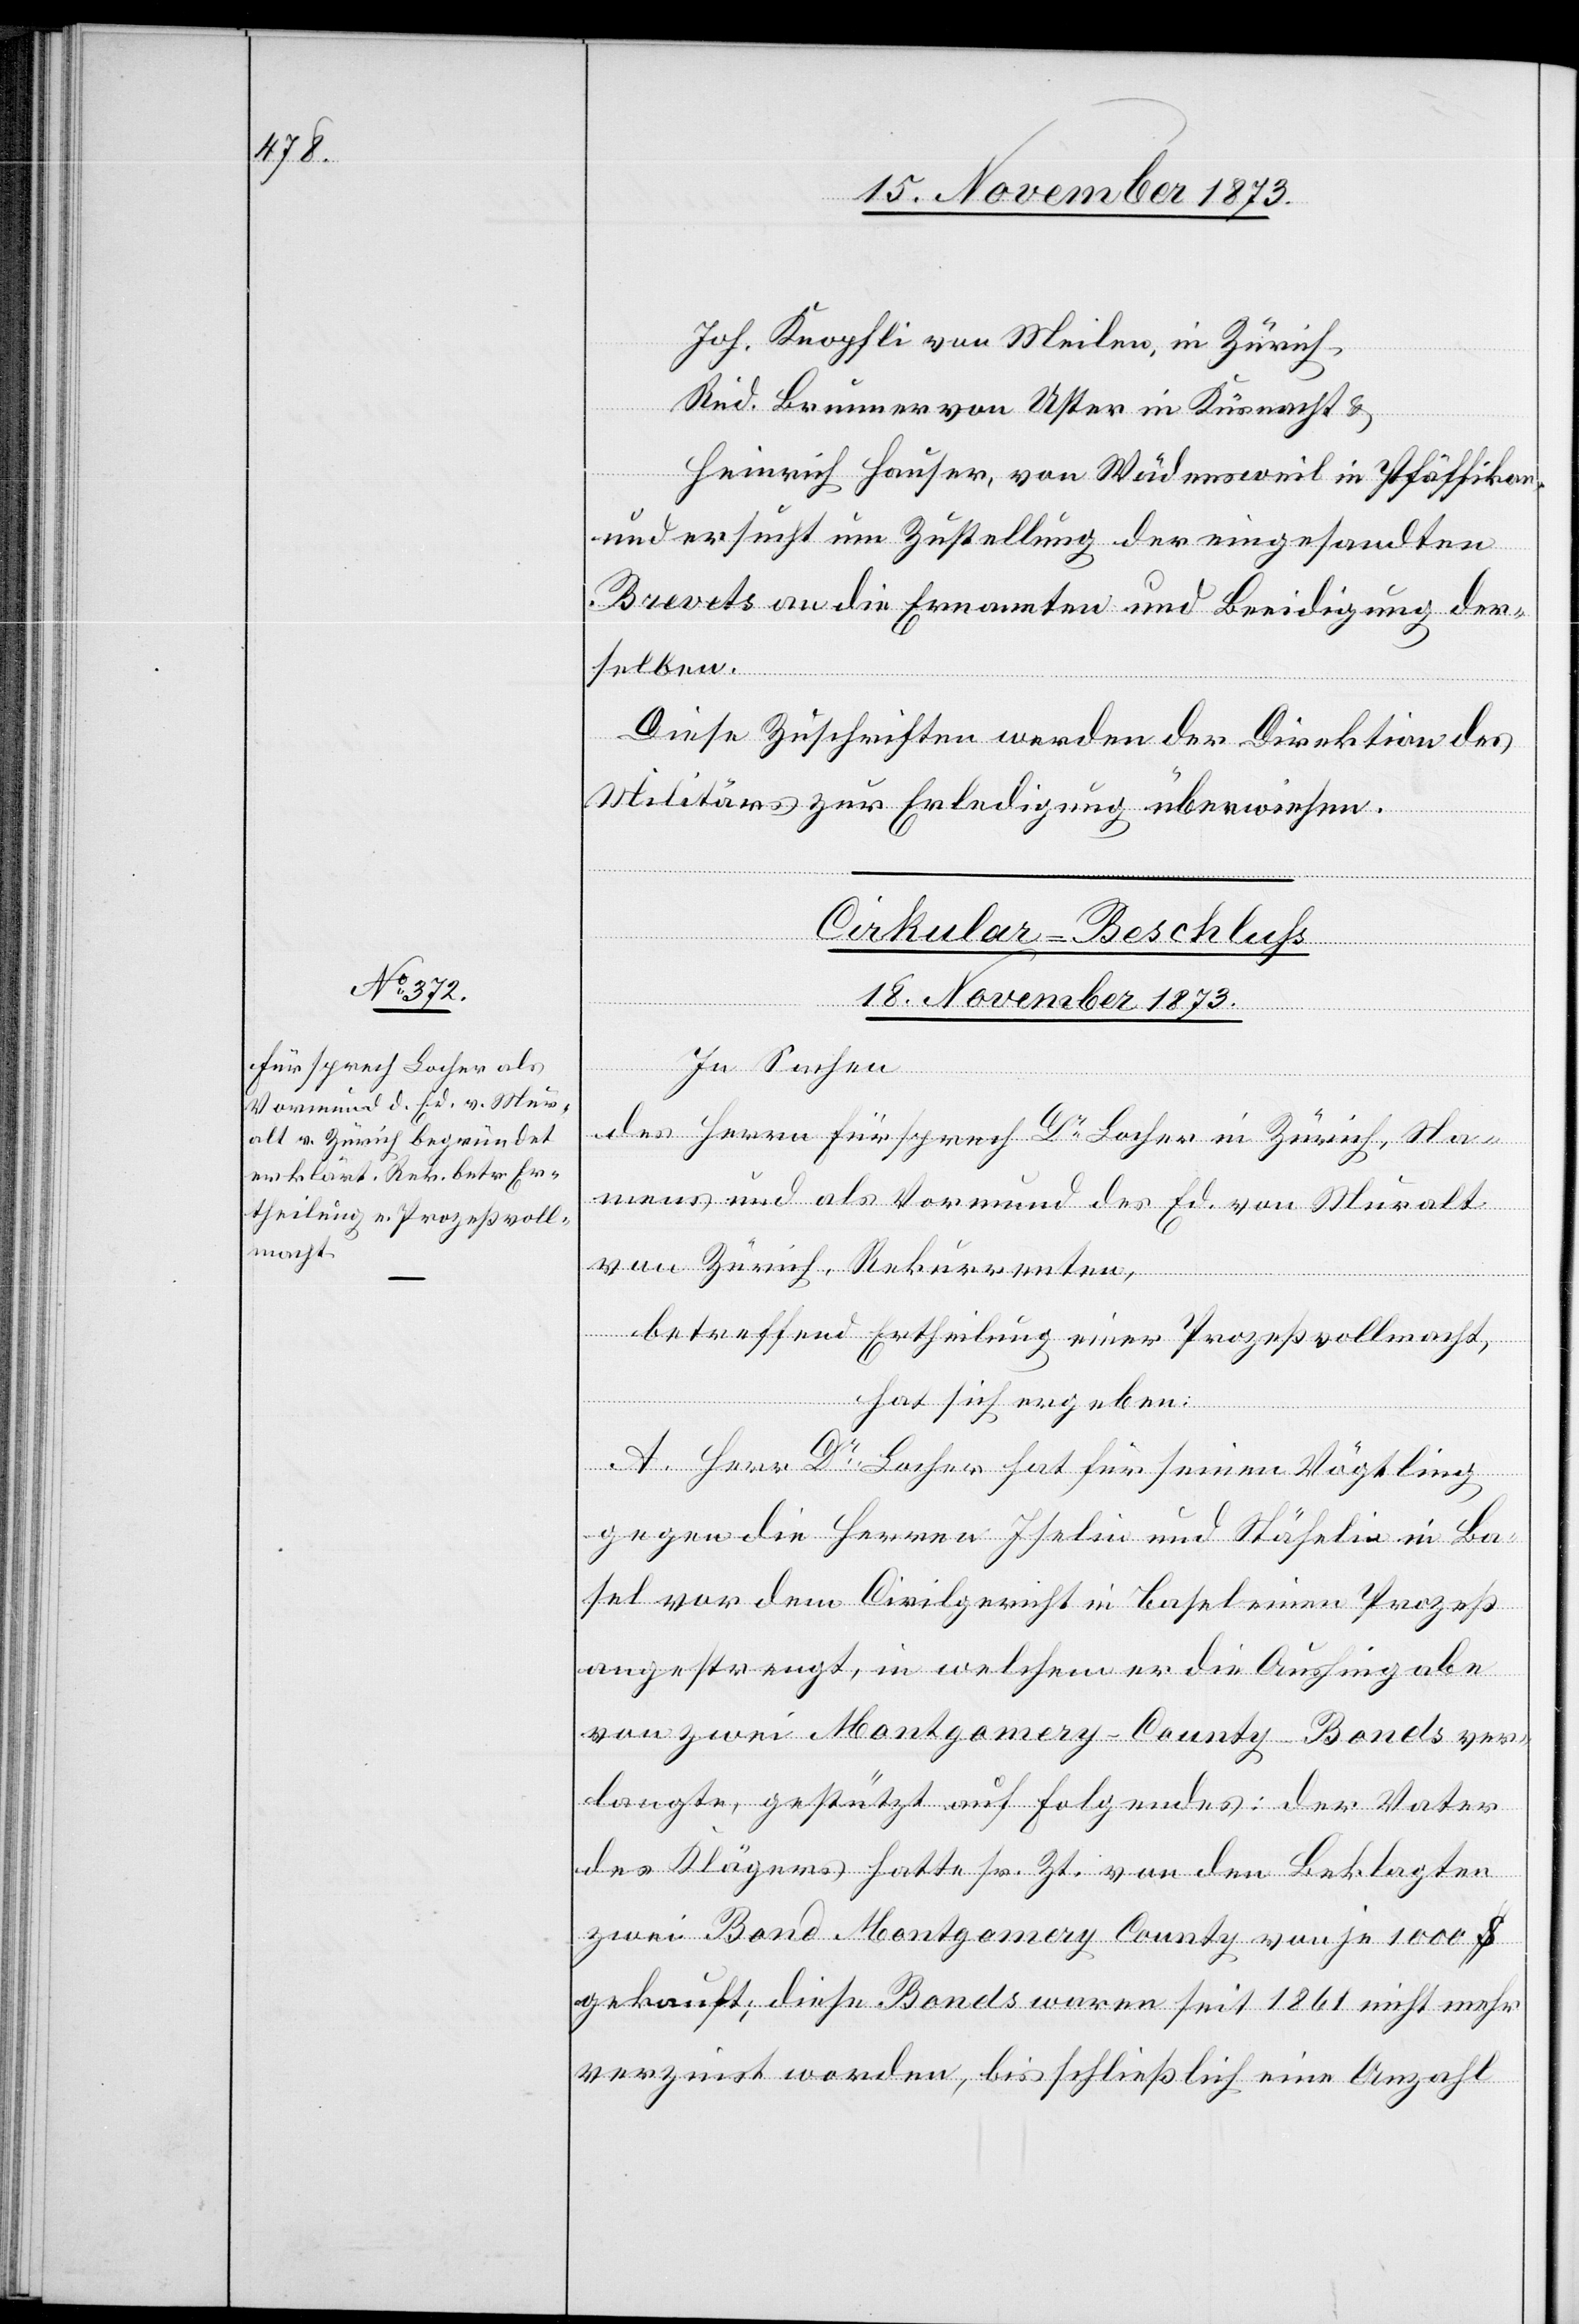
Joh. Knopfli von Meilen, in Zürich,
Rud. Brunner von Uster in Küsnacht &
Heinrich Hauser, von Wädensweil in Pfäffikon,
und ersucht um Zustellung der eingesandten
Brevets an die Ernannten und Beeidigung der¬
selben.
Diese Zuschriften werden der Direktion des
Militärs zur Erledigung überwiesen.
Cirkular-Beschluss
18. November 1873.
In Sachen
des Herrn Fürsprech Dr Locher in Zürich, Na¬
mens und als Vormund des Ed. von Muralt
von Zürich, Rekurrenten,
betreffend Ertheilung einer Prozeßvollmacht,
hat sich ergeben:
A. Herr Dr Locher hat für seinen Vögtling
gegen die Herren Iselin und Stähelin in Ba¬
sel vor dem Civilgericht in Basel einen Prozeß
angestrengt, in welchem er die Aushingabe
von zwei Montgomery-County-Bonds ver¬
langte, gestützt auf Folgendes: der Vater
des Klägers hatte sr. Zt. von den Beklagten
zwei Bond Montgomery County von je 1 000 $
gekauft; diese Bonds waren seit 1861 nicht mehr
verzinst worden, bis schließlich eine Anzahl